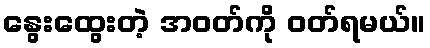
နွေးထွေးတဲ့ အဝတ်ကို ဝတ်ရမယ်။